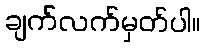
ချက်လက်မှတ်ပါ။